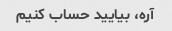
آره، بیایید حساب کنیم